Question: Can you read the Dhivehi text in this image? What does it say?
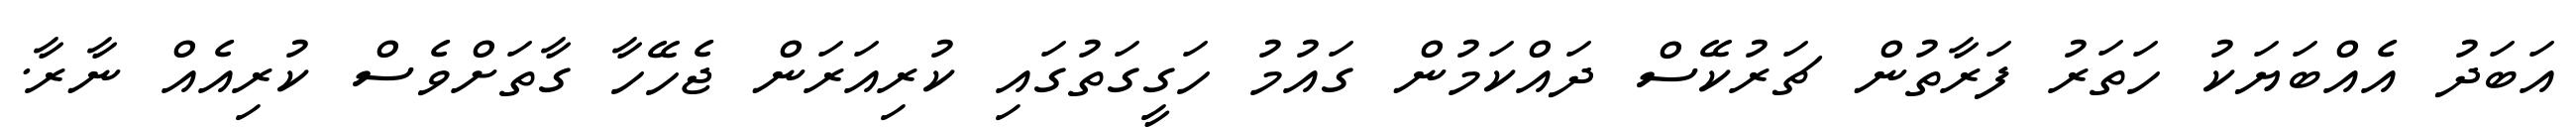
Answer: އަބަދު އެއްބަޔަކު ހަތަރު ފަރާތުން ޗަރުކޭސް ދައްކަމުން ގައުމު ހަގީގަތުގައި ކުރިއަރަން ޖެހޭހާ ގާތަށްވެސް ކުރިއެއް ނާރާ.